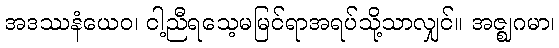
အဒဿနံယေဝ၊ ငါ့ညီရသေ့မမြင်ရာအရပ်သို့သာလျှင်။ အဇ္ဈဂမာ၊